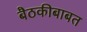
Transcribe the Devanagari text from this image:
बैठकीबाबत